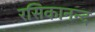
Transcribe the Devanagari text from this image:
रसिकानन्द